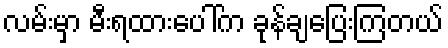
လမ်းမှာ မီးရထားပေါ်က ခုန်ချပြေးကြတယ်